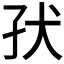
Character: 𰠽